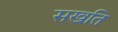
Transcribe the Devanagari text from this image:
सखति